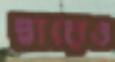
দ্বারেও